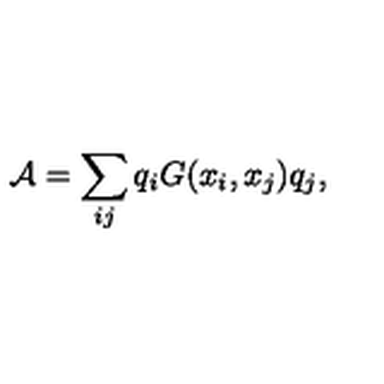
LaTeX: { \cal A } = \sum _ { i j } q _ { i } G ( x _ { i } , x _ { j } ) q _ { j } ,